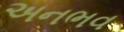
અનભવ